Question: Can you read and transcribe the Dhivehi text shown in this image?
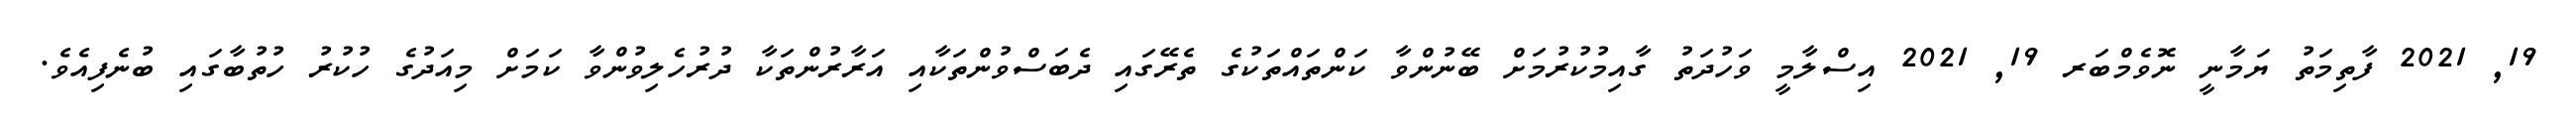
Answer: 19, 2021 ފާތިމަތު ޔަމާނީ ނޮވެމްބަރ 19, 2021 އިސްލާމީ ވަހުދަތު ގާއިމުކުރުމަށް ބޭނުންވާ ކަންތައްތަކުގެ ތެރޭގައި ދެބަސްވުންތަކާއި އަރާރުންތަކާ ދުރުހެލިވުންވާ ކަމަށް މިއަދުގެ ހުކުރު ހުތުބާގައި ބުނެފިއެވެ.